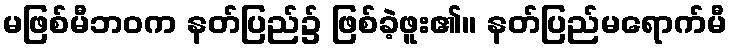
မဖြစ်မီဘဝက နတ်ပြည်၌ ဖြစ်ခဲ့ဖူး၏။ နတ်ပြည်မရောက်မီ